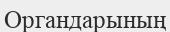
Органдарының